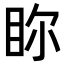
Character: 𥅘